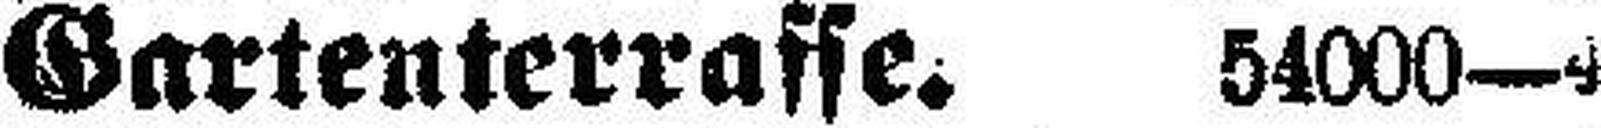
Gartenterraffe. 54000—4